Leaving Certificate Examination, 1902
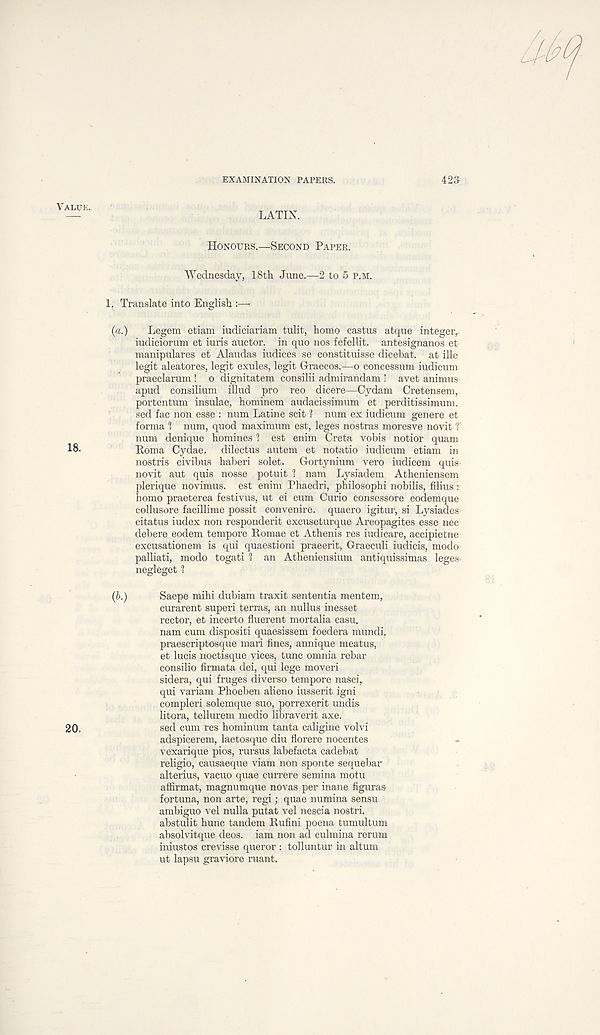
EXAMINATION PAPERS.
423
VALUE.
LATIN.
HONOURS.—SECOND PAPER.
Wednesday, 18th June.—2 to 5 P.M.
1. Translate into English :—
(a.)
Legem etiam iudiciariam tulit, homo castus atque integer,,
iudiciorum et iuris auctor. in quo nos fefellit. antesignanos et
manipulares et Alaudas iudices se constituisse dicebat. at ille
legit aleatores, legit exules, legit Graecos.—o concessum iudicum
praeclarum ! o dignitatem consilii admirandam ' avet animus
apud consilium illud pro reo dicere—Cydam Cretensem,
portentum insulae, hominem audaeissimum et perditissimum.
sed fac non esse : num Latine scit ? num ex iudicum genere et
forma 1 num, quod maximum est, leges nostras moresve novit T
num denique homines 1 est enim Greta vobis notior quam
18-
Roma Cydae. dilectus autem et notatio iudicum etiam in
nostris civibus haberi solet. Gortynium vero iudicem quis-
novit aut quis nosse potuit 1 nam Lysiadem Atheniensem
plerique novimus. est enim Phaedri, philosophi nobilis, filius:
homo praeterea festivus, ut ei cum Curio consessore eodemque
eollusore facillime possit convenire. quaero igitur, si Lysiades
citatus iudex non respondent excuseturque Areopagites esse nec
debere eodem tempore Romae et Athenis res iudicare, accipietne
excusationem is qui quaestioni praeerit, Graeculi iudicis, modo
palliati, modo togati 1 an Atheniensium antiquissimas leges-
negleget 1
Saepe mihi dubiam traxit sententia mentem,
eurarent superi terras, an nullus inesset
rector, et incerto fluerent mortalia casu.
nam cum dispositi quaesissem foedera mundi,
praescriptosque mari fines, annique meatus,
et lucis noctisque vices, tunc omnia rebar
consilio firmata dei, qui lege moveri
sidera, qui fruges diverse tempore nasci,
qui variam Phoeben alieno iusserit igni
compleri solemque suo, porrexerit undis
litora, tellurem medio libraverit axe.
sed cum res hominum tanta caligine volvi
adspicerem, laetosque diu florere nocentes
vexarique pios, rursus labefacta cadebat
religio, causaeque viam non sponte sequebar
alterius, vacuo quae currere semina motu
affirmat, magnumque novas per inane figuras
fortuna, non arte, regi; quae numina sensu
ambiguo vel nulla putat vel nescia nostri.
abstulit hunc tandem Rufini poena tumultum
absolvitque deos. iam non ad culmina rerum
iniustos crevisse queror : tolluntur in altum
ut lapsu graviore ruant.
(b.)
20.